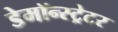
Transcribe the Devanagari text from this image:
डेमॉन्स्ट्रेटर